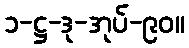
၁-ဋ္ဌ-ဒု-အုပ်-၉၀။